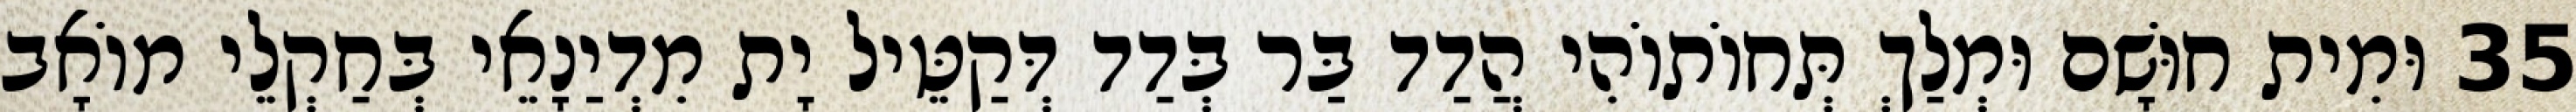
35 וּמִית חוּשָׁם וּמְלַךְ תְּחוֹתוֹהִי הֲדַד בַּר בְּדַד דְּקַטֵּיל יָת מִדְיַנָאֵי בְּחַקְלֵי מוֹאָב